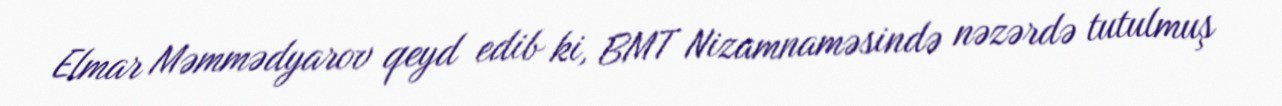
Elmar Məmmədyarov qeyd edib ki, BMT Nizamnaməsində nəzərdə tutulmuş